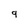
Character: 9